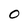
Character: O